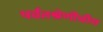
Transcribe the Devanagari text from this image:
पर्वतश्रेणीचीच